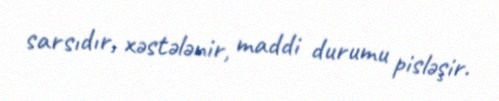
sarsıdır, xəstələnir, maddi durumu pisləşir.